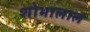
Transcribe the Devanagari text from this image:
शोभालाल